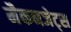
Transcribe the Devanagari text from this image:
मैकनजेट्स